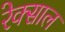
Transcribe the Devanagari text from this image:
रेक्साल